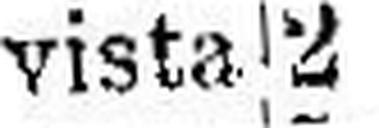
vista 2